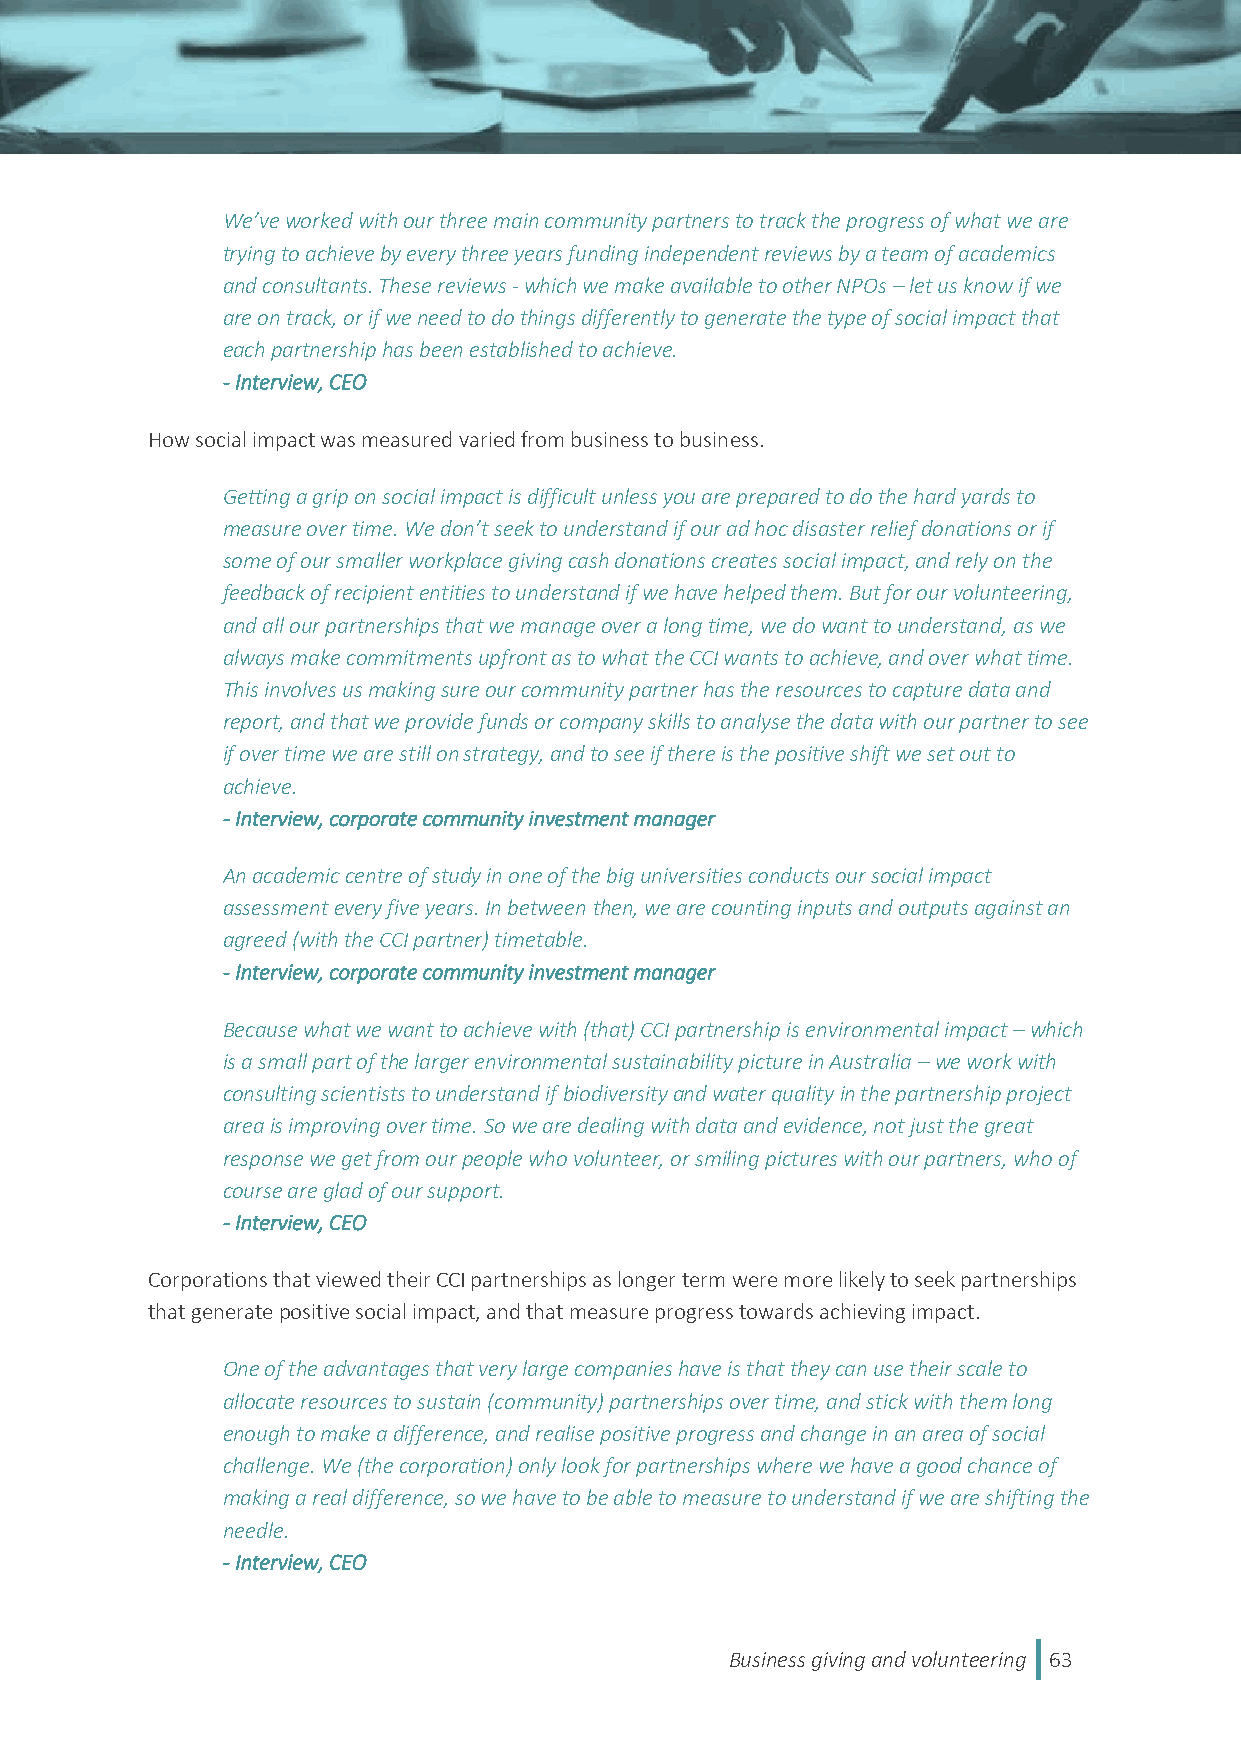
We’ve worked with our three main community partners to track the progress of what we are
 trying to achieve by every three years funding independent reviews by a team of academics
 and consultants. These reviews - which we make available to other NPOs – let us know if we
 are on track, or if we need to do things differently to generate the type of social impact that
 each partnership has been established to achieve.
 - Interview, CEO
 How social impact was measured varied from business to business.
 Getting a grip on social impact is difficult unless you are prepared to do the hard yards to
 measure over time. We don’t seek to understand if our ad hoc disaster relief donations or if
 some of our smaller workplace giving cash donations creates social impact, and rely on the
 feedback of recipient entities to understand if we have helped them. But for our volunteering,
 and all our partnerships that we manage over a long time, we do want to understand, as we
 always make commitments upfront as to what the CCI wants to achieve, and over what time.
 This involves us making sure our community partner has the resources to capture data and
 report, and that we provide funds or company skills to analyse the data with our partner to see
 if over time we are still on strategy, and to see if there is the positive shift we set out to
 achieve.
 - Interview, corporate community investment manager
 An academic centre of study in one of the big universities conducts our social impact
 assessment every five years. In between then, we are counting inputs and outputs against an
 agreed (with the CCI partner) timetable.
 - Interview, corporate community investment manager
 Because what we want to achieve with (that) CCI partnership is environmental impact – which
 is a small part of the larger environmental sustainability picture in Australia – we work with
 consulting scientists to understand if biodiversity and water quality in the partnership project
 area is improving over time. So we are dealing with data and evidence, not just the great
 response we get from our people who volunteer, or smiling pictures with our partners, who of
 course are glad of our support.
 - Interview, CEO
 Corporations that viewed their CCI partnerships as longer term were more likely to seek partnerships
 that generate positive social impact, and that measure progress towards achieving impact.
 One of the advantages that very large companies have is that they can use their scale to
 allocate resources to sustain (community) partnerships over time, and stick with them long
 enough to make a difference, and realise positive progress and change in an area of social
 challenge. We (the corporation) only look for partnerships where we have a good chance of
 making a real difference, so we have to be able to measure to understand if we are shifting the
 needle.
 - Interview, CEO
 Business giving and volunteering 63